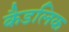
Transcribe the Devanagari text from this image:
कैडलिक